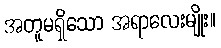
အတူမရှိသော အရာလေးမျိုး။